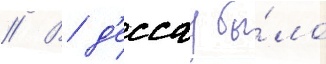
// В д'ессау бы́ло